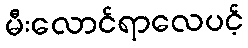
မီးလောင်ရာလေပင့်